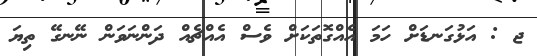
ޖ : އަޅުގަނޑަށް ހަމަ އެއްގޮތަކަށް ވެސް އެއްޗެއް ދަންނަވަން ނޭނގޭ ތިޔަ